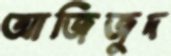
আজিজুদ